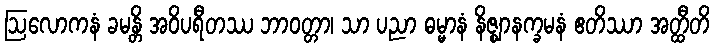
ဩလောကနံ ခမန္တိ အဝိပရီတဿ ဘာဝတ္တာ၊ သာ ပညာ ဓမ္မာနံ နိဇ္ဈာနက္ခမနံ ဧတိဿာ အတ္ထီတိ